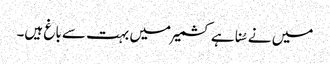
میں نے سُنا ہے کشمیر میں بہت سے باغ ہیں۔